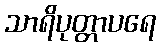
သာရိပုတ္တာပရေ